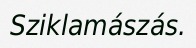
Sziklamászás.